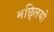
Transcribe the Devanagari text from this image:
मछ्लियो